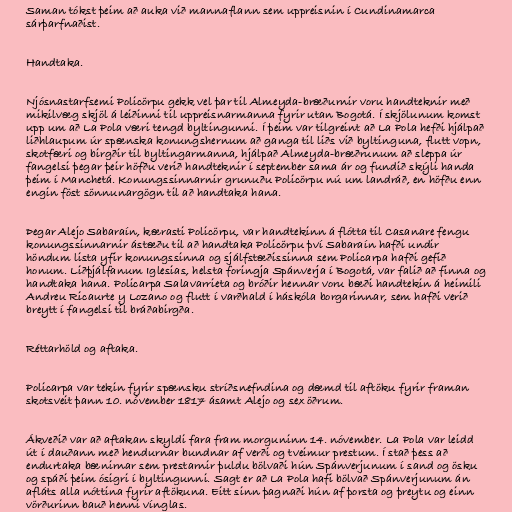
Saman tókst þeim að auka við mannaflann sem uppreisnin í Cundinamarca
sárþarfnaðist.

Handtaka.

Njósnastarfsemi Policörpu gekk vel þar til Almeyda-bræðurnir voru handteknir með
mikilvæg skjöl á leiðinni til uppreisnarmanna fyrir utan Bogotá. Í skjölunum komst
upp um að La Pola væri tengd byltingunni. Í þeim var tilgreint að La Pola hefði hjálpað
liðhlaupum úr spænska konungshernum að ganga til liðs við byltinguna, flutt vopn,
skotfæri og birgðir til byltingarmanna, hjálpað Almeyda-bræðrunum að sleppa úr
fangelsi þegar þeir höfðu verið handteknir í september sama ár og fundið skýli handa
þeim í Manchetá. Konungssinnarnir grunuðu Policörpu nú um landráð, en höfðu enn
engin föst sönnunargögn til að handtaka hana.

Þegar Alejo Sabaraín, kærasti Policörpu, var handtekinn á flótta til Casanare fengu
konungssinnarnir ástæðu til að handtaka Policörpu því Sabaraín hafði undir
höndum lista yfir konungssinna og sjálfstæðissinna sem Policarpa hafði gefið
honum. Liðþjálfanum Iglesias, helsta foringja Spánverja í Bogotá, var falið að finna og
handtaka hana. Policarpa Salavarrieta og bróðir hennar voru bæði handtekin á heimili
Andreu Ricaurte y Lozano og flutt í varðhald í háskóla borgarinnar, sem hafði verið
breytt í fangelsi til bráðabirgða.

Réttarhöld og aftaka.

Policarpa var tekin fyrir spænsku stríðsnefndina og dæmd til aftöku fyrir framan
skotsveit þann 10. nóvember 1817 ásamt Alejo og sex öðrum.

Ákveðið var að aftakan skyldi fara fram morguninn 14. nóvember. La Pola var leidd
út í dauðann með hendurnar bundnar af verði og tveimur prestum. Í stað þess að
endurtaka bænirnar sem prestarnir þuldu bölvaði hún Spánverjunum í sand og ösku
og spáði þeim ósigri í byltingunni. Sagt er að La Pola hafi bölvað Spánverjunum án
afláts alla nóttina fyrir aftökuna. Eitt sinn þagnaði hún af þorsta og þreytu og einn
vörðurinn bauð henni vínglas.